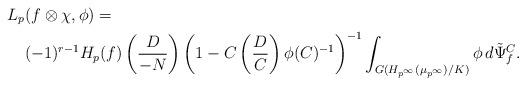
LaTeX: \begin{align*}L_p&(f \otimes \chi, \phi) =\\& (-1)^{r-1}H_p(f)\left(\frac{D}{-N}\right)\left(1 - C\left(\frac{D}{C}\right)\phi(C)^{-1}\right)^{-1}\int_{G(H_{p^\infty}(\mu_{p^\infty})/K) } \phi \, d \tilde\Psi^C_f.\end{align*}